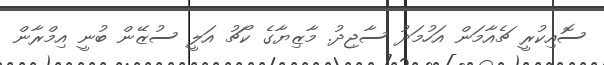
ސޮއިކުރީ ޗެއާމަން އަހުމަދު ސާޖިދު. މާޒިޔާގެ ކޯޗު އަލީ ސުޒޭން ބުނީ އިމްރާން